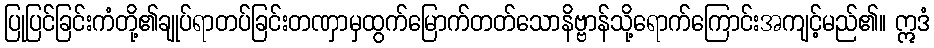
ပြုပြင်ခြင်းကံတို့၏ချုပ်ရာတပ်ခြင်းတဏှာမှထွက်မြောက်တတ်သောနိဗ္ဗာန်သို့ရောက်ကြောင်းအကျင့်မည်၏။ ဣဒံ